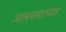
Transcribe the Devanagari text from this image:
जामनगरच्या